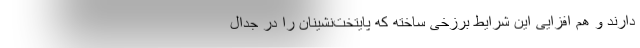
دارند و هم افزایی این شرایط برزخی ساخته که پایتخت‌نشینان را در جدال